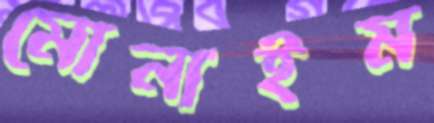
মোনাইম